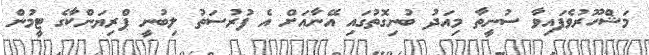
މަޝްހޫރުވެފައިވާ ސުނީތާ މިއަދު ބުނިގޮތުގައި އޭނާއަށް އެ ފުރުސަތު ލިބުނީ ޕްރިޔަންކާގެ ޓީމުން